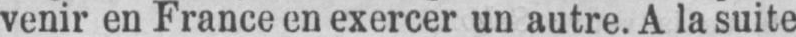
venir en France en exercer un autre. A la suite